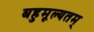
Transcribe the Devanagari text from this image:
बहुमूल्यतम्